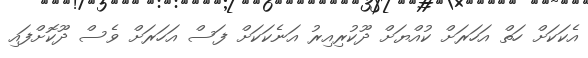
އެކަކަށް ހަތް އަހަރަށް ކުއްޔަށް ދޫކުރިއިރު އަނެކަކަށް ފަސް އަހަރަށް ވެސް ދޫކޮށްފައި